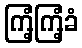
ကြံ့ကြံ့ခံ